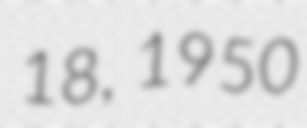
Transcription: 18, 1950